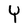
Character: Y